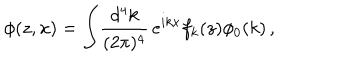
LaTeX: \phi ( z , x ) = \int \! { \frac { d ^ { 4 } k } { ( 2 \pi ) ^ { 4 } } } \, e ^ { i k x } f _ { k } ( z ) \phi _ { 0 } ( k ) \, ,